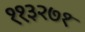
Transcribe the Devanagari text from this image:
११३२७१